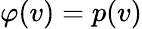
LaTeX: \varphi(v)=p(v)